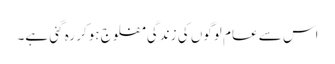
اس سے عام لوگوں کی زندگی مفلوج ہوکر رہ گئی ہے۔